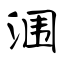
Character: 涠